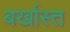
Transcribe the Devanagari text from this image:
बर्खास्त